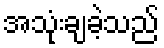
အသုံးချခဲ့သည်